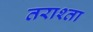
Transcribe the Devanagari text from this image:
तराश्ता